Reports on dispensaries and lunatic asylums in the Province of Oudh - 1869-1876
Year: 1869
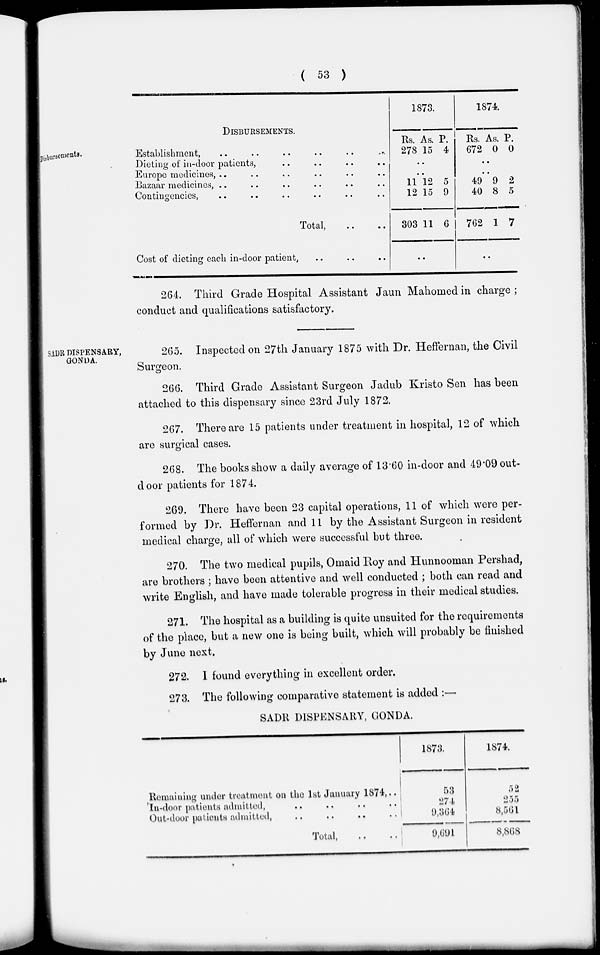
( 53 )
Disbursements.
DISBURSEMENTS.
Establishment, .. .. .. .. .. ..
Dieting of in-door patients, .. .. .. ..
Europe medicines, .. .. .. .. .. ..
Bazaar medicines, .. .. .. .. .. ..
Contingencies, .. .. .. .. .. ..
Total, .. ..
Cost of dieting each in-door patient, .. .. ..
1873.
Rs.
278
As.
15
P.
4
..
..
11
12
303
12
15
11
5
9
6
..
1874.
Rs.
672
As.
0
P.
0
..
..
49
40
762
9
8
1
2
5
7
..
264. Third Grade Hospital Assistant Jaun Mahomed in charge ;
conduct and qualifications satisfactory.
SADR DISPENSARY,
GONDA.
265. Inspected on 27th January 1875 with Dr. Heffernan, the Civil
Surgeon.
266. Third Grade Assistant Surgeon Jadub Kristo Sen has been
attached to this dispensary since 23rd July 1872.
267. There are 15 patients under treatment in hospital, 12 of which
are surgical cases.
268. The books show a daily average of 13.60 in-door and 49.09 out-
door patients for 1874.
269. There have been 23 capital operations, 11 of which were per-
formed by Dr. Heffernan and 11 by the Assistant Surgeon in resident
medical charge, all of which were successful but three.
270. The two medical pupils, Omaid Roy and Hunnooman Pershad,
are brothers ; have been attentive and well conducted ; both can read and
write English, and have made tolerable progress in their medical studies.
271. The hospital as a building is quite unsuited for the requirements
of the place, but a new one is being built, which will probably be finished
by June next.
272. I found everything in excellent order.
273. The following comparative statement is added :—
SADR DISPENSARY, GONDA.
Remaining under treatment on the 1st January 1874, ..
In-door patients admitted, .. .. .. ..
Out-door patients admitted, .. .. .. ..
Total, .. ..
1873.
53
274
9,364
9,691
1874.
52
255
8,561
8,868